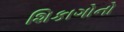
શિકાગોનો